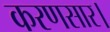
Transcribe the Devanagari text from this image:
करणसार।